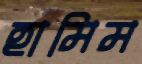
হামিম